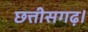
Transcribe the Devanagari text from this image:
छत्तीसगढ़।